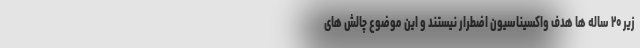
زیر ۲۰ ساله ها هدف واکسیناسیون اضطرار نیستند و این موضوع چالش های